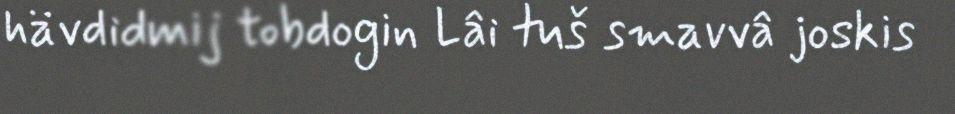
hävdidmij tobdogin Lâi tuš smavvâ joskis